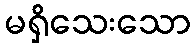
မရှိသေးသော